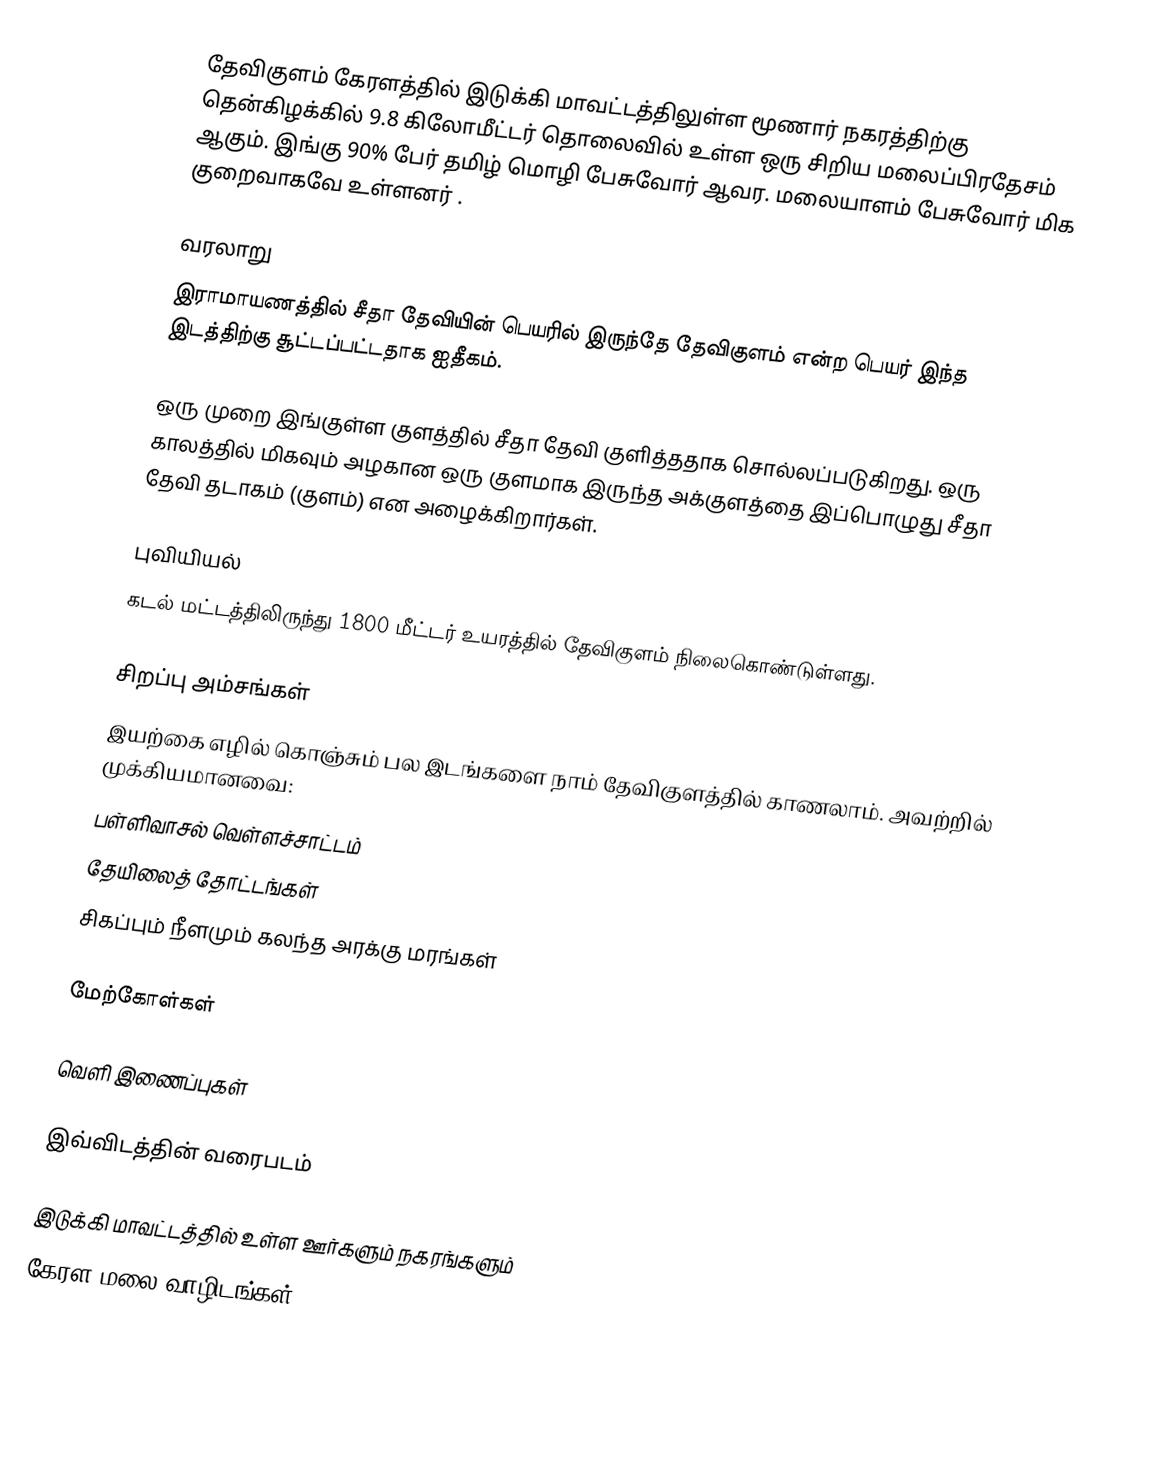
தேவிகுளம் கேரளத்தில் இடுக்கி மாவட்டத்திலுள்ள மூணார் நகரத்திற்கு தென்கிழக்கில் 9.8 கிலோமீட்டர் தொலைவில் உள்ள ஒரு சிறிய மலைப்பிரதேசம் ஆகும். இங்கு 90% பேர் தமிழ் மொழி பேசுவோர் ஆவர. மலையாளம் பேசுவோர் மிக குறைவாகவே உள்ளனர் .

வரலாறு
இராமாயணத்தில் சீதா தேவியின் பெயரில் இருந்தே தேவிகுளம் என்ற பெயர் இந்த இடத்திற்கு சூட்டப்பட்டதாக ஐதீகம்.

ஒரு முறை இங்குள்ள குளத்தில் சீதா தேவி குளித்ததாக சொல்லப்படுகிறது. ஒரு காலத்தில் மிகவும் அழகான ஒரு குளமாக இருந்த அக்குளத்தை இப்பொழுது சீதா தேவி தடாகம் (குளம்) என அழைக்கிறார்கள்.

புவியியல்
கடல் மட்டத்திலிருந்து 1800 மீட்டர் உயரத்தில் தேவிகுளம் நிலைகொண்டுள்ளது.

சிறப்பு அம்சங்கள்
இயற்கை எழில் கொஞ்சும் பல இடங்களை நாம் தேவிகுளத்தில் காணலாம். அவற்றில் முக்கியமானவை:
 பள்ளிவாசல் வெள்ளச்சாட்டம்
 தேயிலைத் தோட்டங்கள்
 சிகப்பும் நீளமும் கலந்த அரக்கு மரங்கள்

மேற்கோள்கள்

வெளி இணைப்புகள்

 இவ்விடத்தின் வரைபடம்

இடுக்கி மாவட்டத்தில் உள்ள ஊர்களும் நகரங்களும்
கேரள மலை வாழிடங்கள்